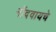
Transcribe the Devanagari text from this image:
नोंदवायचेे